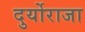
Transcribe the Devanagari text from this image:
दुर्योराजा